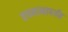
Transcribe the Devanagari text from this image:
तपमानापर्यंत